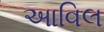
આવિલ